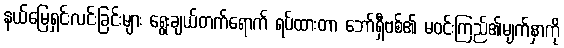
နယ်မြေရှင်းလင်းခြင်းများ ရွေးချယ်တက်ရောက် ရပ်ထားတာ ဘော်ရှီဗစ်၏ မဝင်းကြည်၏မျက်နှာကို